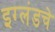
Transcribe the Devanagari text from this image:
इग्लंडचे